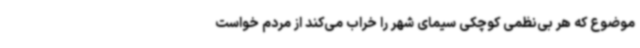
موضوع که هر بی‌نظمی کوچکی سیمای شهر را خراب می‌کند از مردم خواست